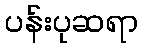
ပန်းပုဆရာ